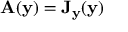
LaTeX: \mathbf { A } ( \mathbf { y } ) = \mathbf { J } _ { \mathbf { y } } ( \mathbf { y } )